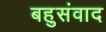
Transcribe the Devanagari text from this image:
बहुसंवाद